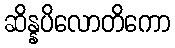
ဆိန္နပိလောတိကော